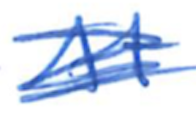
Text: At
Cross-out: scratch
Writing tool: ballpoint